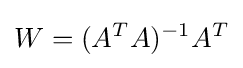
W=(A^{T}A)^{-1}A^{T}